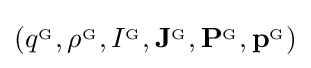
\left(q^{_{\mathrm {G} }},\rho ^{_{\mathrm {G} }},I^{_{\mathrm {G} }},\mathbf {J} ^{_{\mathrm {G} }},\mathbf {P} ^{_{\mathrm {G} }},\mathbf {p} ^{_{\mathrm {G} }}\right)